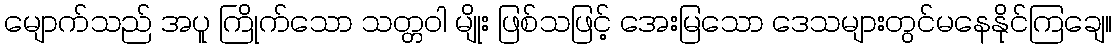
မျောက်သည် အပူ ကြိုက်သော သတ္တဝါ မျိုး ဖြစ်သဖြင့် အေးမြသော ဒေသများတွင်မနေနိုင်ကြချေ။